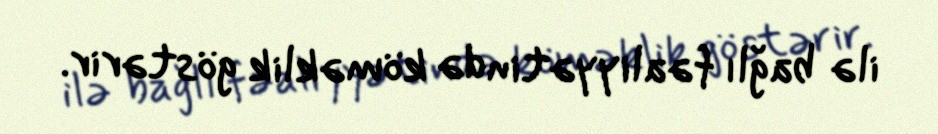
ilə bağlı fəaliyyətində köməklik göstərir.